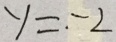
y = \cdot - 2